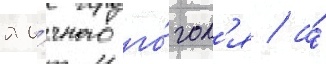
яи́чного го́гол'я / а́